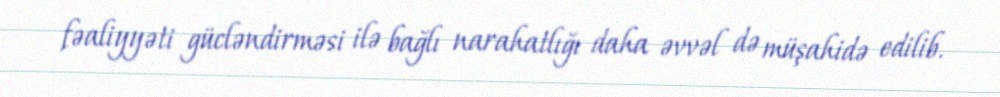
fəaliyyəti gücləndirməsi ilə bağlı narahatlığı daha əvvəl də müşahidə edilib.